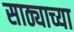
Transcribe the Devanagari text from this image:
साठ्याच्या